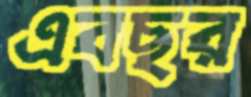
এবছর